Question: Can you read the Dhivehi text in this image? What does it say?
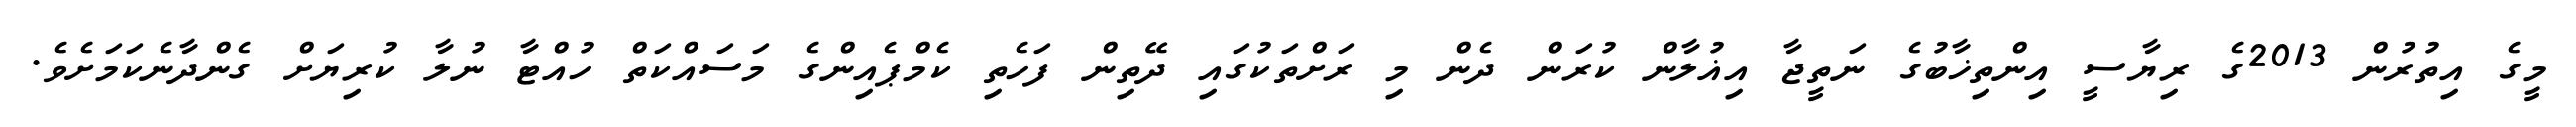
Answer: މީގެ އިތުރުން 2013ގެ ރިޔާސީ އިންތިޚާބުގެ ނަތީޖާ އިޣުލާން ކުރަން ދެން މި ރަށްތަކުގައި ދޭތިން ފަހެތި ކެމްޕެއިންގެ މަސައްކަތް ހުއްޓާ ނުލާ ކުރިޔަށް ގެންދާނެކަމަށެވެ.